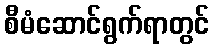
စီမံဆောင်ရွက်ရာတွင်